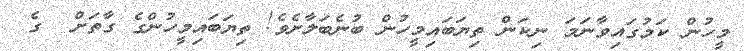
މީހުން ކަމުގައިވާނަމަ ނިކަން ތިޔަބައިމީހުން ބުނެބަލާށެވެ! ތިޔަބައިމީހުންގެ ގާތަށް  ގެ